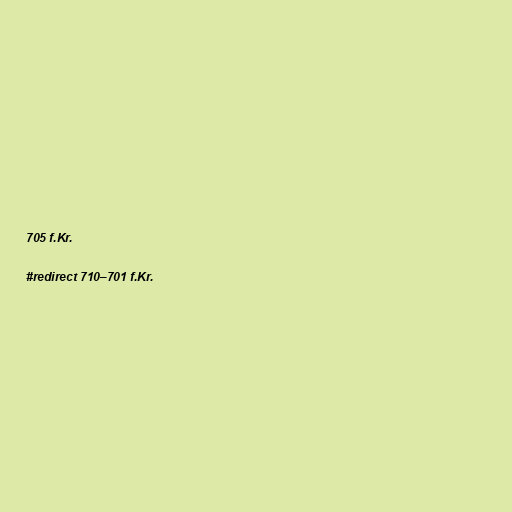
705 f.Kr.

#redirect 710–701 f.Kr.